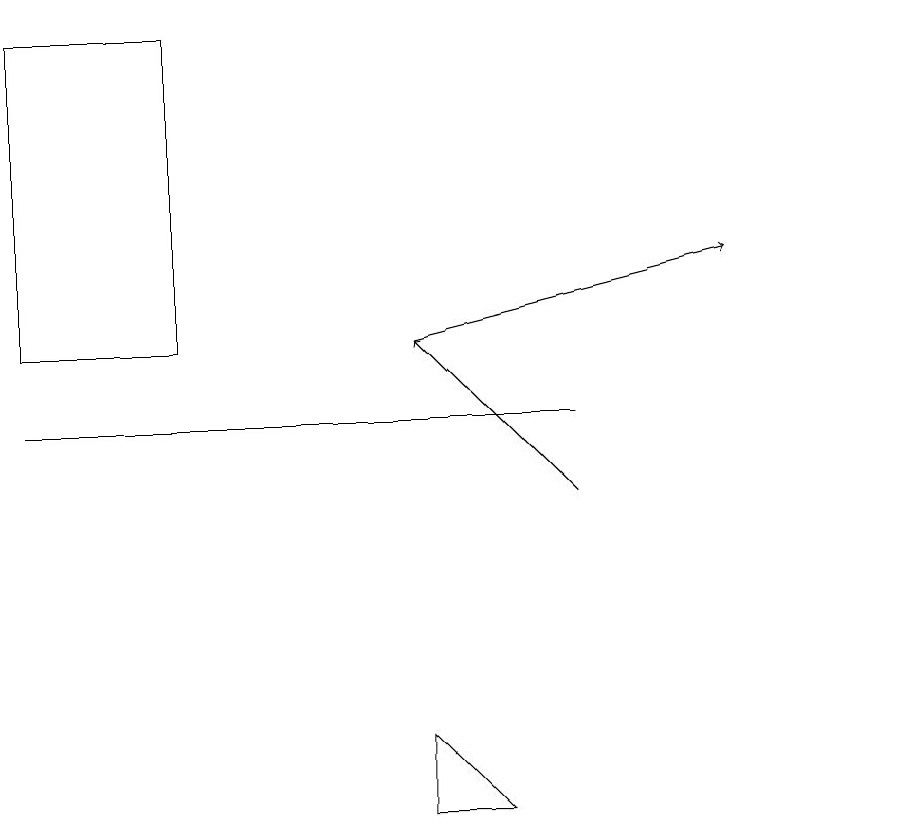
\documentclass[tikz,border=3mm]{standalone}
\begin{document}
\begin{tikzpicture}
\draw[->] (5,12) -- (9,13);
\draw (7,11) rectangle (0,11);
\draw[->] (7,10) -- (5,12);
\draw (5,7) -- (5,6) -- (6,6) -- cycle;
\draw (2,16) rectangle (0,12);
\draw (11,11) circle (0);
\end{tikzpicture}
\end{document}